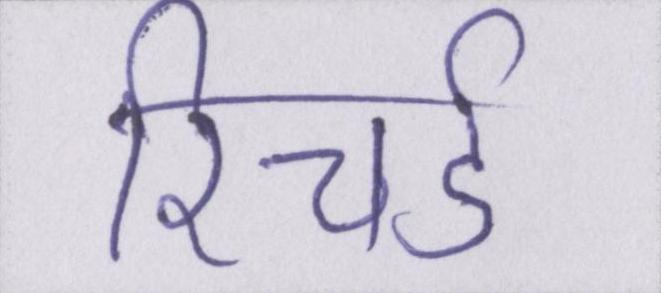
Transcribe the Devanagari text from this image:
रिचर्ड